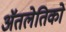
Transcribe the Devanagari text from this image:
ॲतलेतिको